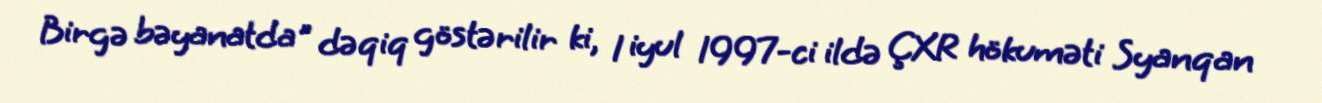
Birgə bəyanatda" dəqiq göstərilir ki, 1 iyul 1997-ci ildə ÇXR hökuməti Syanqan